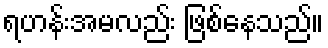
ရဟန်းအမလည်း ဖြစ်နေသည်။